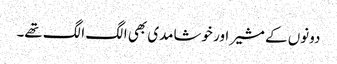
دونوں کے مشیر اور خوشامدی بھی الگ الگ تھے۔